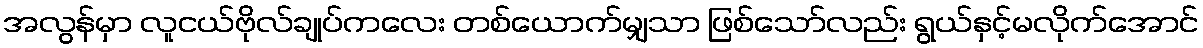
အလွန်မှာ လူငယ်ဗိုလ်ချုပ်ကလေး တစ်ယောက်မျှသာ ဖြစ်သော်လည်း ရွယ်နှင့်မလိုက်အောင်